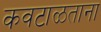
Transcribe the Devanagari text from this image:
कवटाळताना